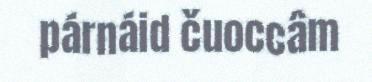
párnáid čuoccâm